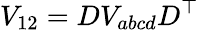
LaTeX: V_{12}=DV_{abcd}D^{\top}